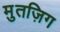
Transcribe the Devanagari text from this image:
मुतज़िग